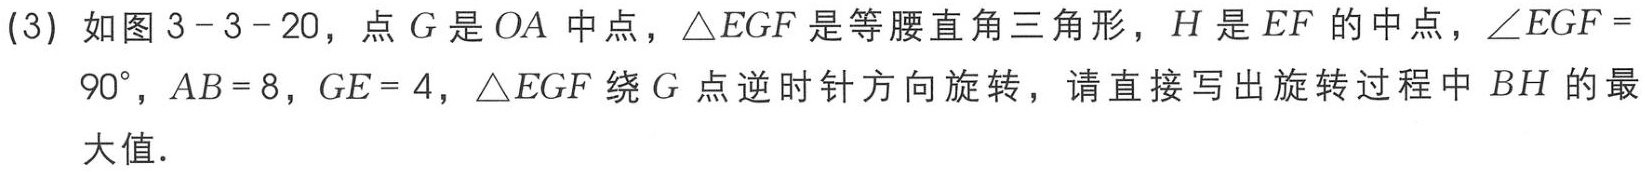
(3) 如图3 - 3 - 20，点\(G\)是\(OA\)中点，\(\triangle EGF\)是等腰直角三角形，\(H\)是\(EF\)的中点，\(\angle EGF = 90^{\circ}\)，\(AB = 8\)，\(GE = 4\)，\(\triangle EGF\)绕\(G\)点逆时针方向旋转，请直接写出旋转过程中 \(BH\)的最大值．